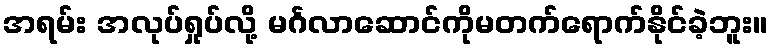
အရမ်း အလုပ်ရှုပ်လို့ မင်္ဂလာဆောင်ကိုမတက်ရောက်နိုင်ခဲ့ဘူး။